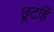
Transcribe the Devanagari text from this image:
छूटहिं